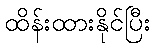
ထိန်းထားနိုင်ပြီး